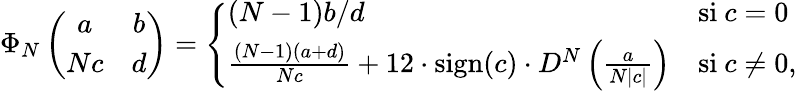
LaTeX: \Phi_{N}\left(\begin{array}{cc}{a}&{b}\\ {Nc}&{d}\end{array}\right)=\left\{ \begin{array}{ll}{(N-1)b/d}&{\mathrm{si~}c=0}\\ {\frac{(N-1)(a+d)}{Nc}+12\cdot\mathrm{sign}(c)\cdot D^{N}\left(\frac{a}{N|c|}\right)}&{\mathrm{si~}c\neq 0,}\end{array}\right.